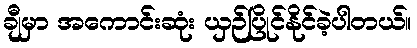
ချီမှာ အကောင်းဆုံး ယှဉ်ပြိုင်နိုင်ခဲ့ပါတယ်။